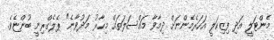
މެންޓަލީ އަދި ފިޒިކަލީ އަހަރެމެންނަށް ދިމާވާ މައްސަލަތައް މިހާރު މަދުވާނެ" ޕެލެގްރިނީ ބުންޏެވެ.